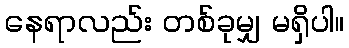
နေရာလည်း တစ်ခုမျှ မရှိပါ။